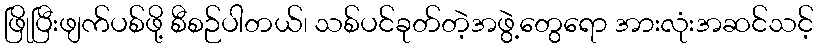
ဖြိုပြီးဖျက်ပစ်ဖို့ စီစဉ်ပါတယ်၊ သစ်ပင်ခုတ်တဲ့အဖွဲ့တွေရော အားလုံးအဆင်သင့်